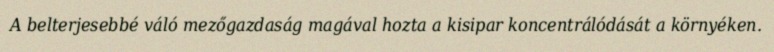
A belterjesebbé váló mezőgazdaság magával hozta a kisipar koncentrálódását a környéken.